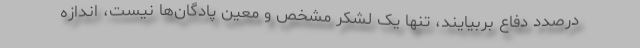
درصدد دفاع بربیایند، تنها یک لشکر مشخص و معین پادگان‌ها نیست، اندازه